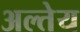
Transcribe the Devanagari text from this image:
अल्तेय